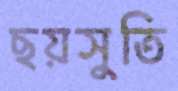
ছয়সুতি